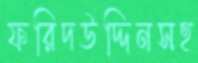
ফরিদউদ্দিনসহ